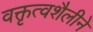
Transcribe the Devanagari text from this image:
वक्तृत्वशैलीने